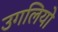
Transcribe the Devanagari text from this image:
उगलियो